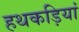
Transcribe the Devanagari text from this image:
हथकड़ियां